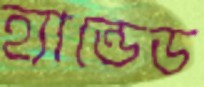
হ্যান্ডেড